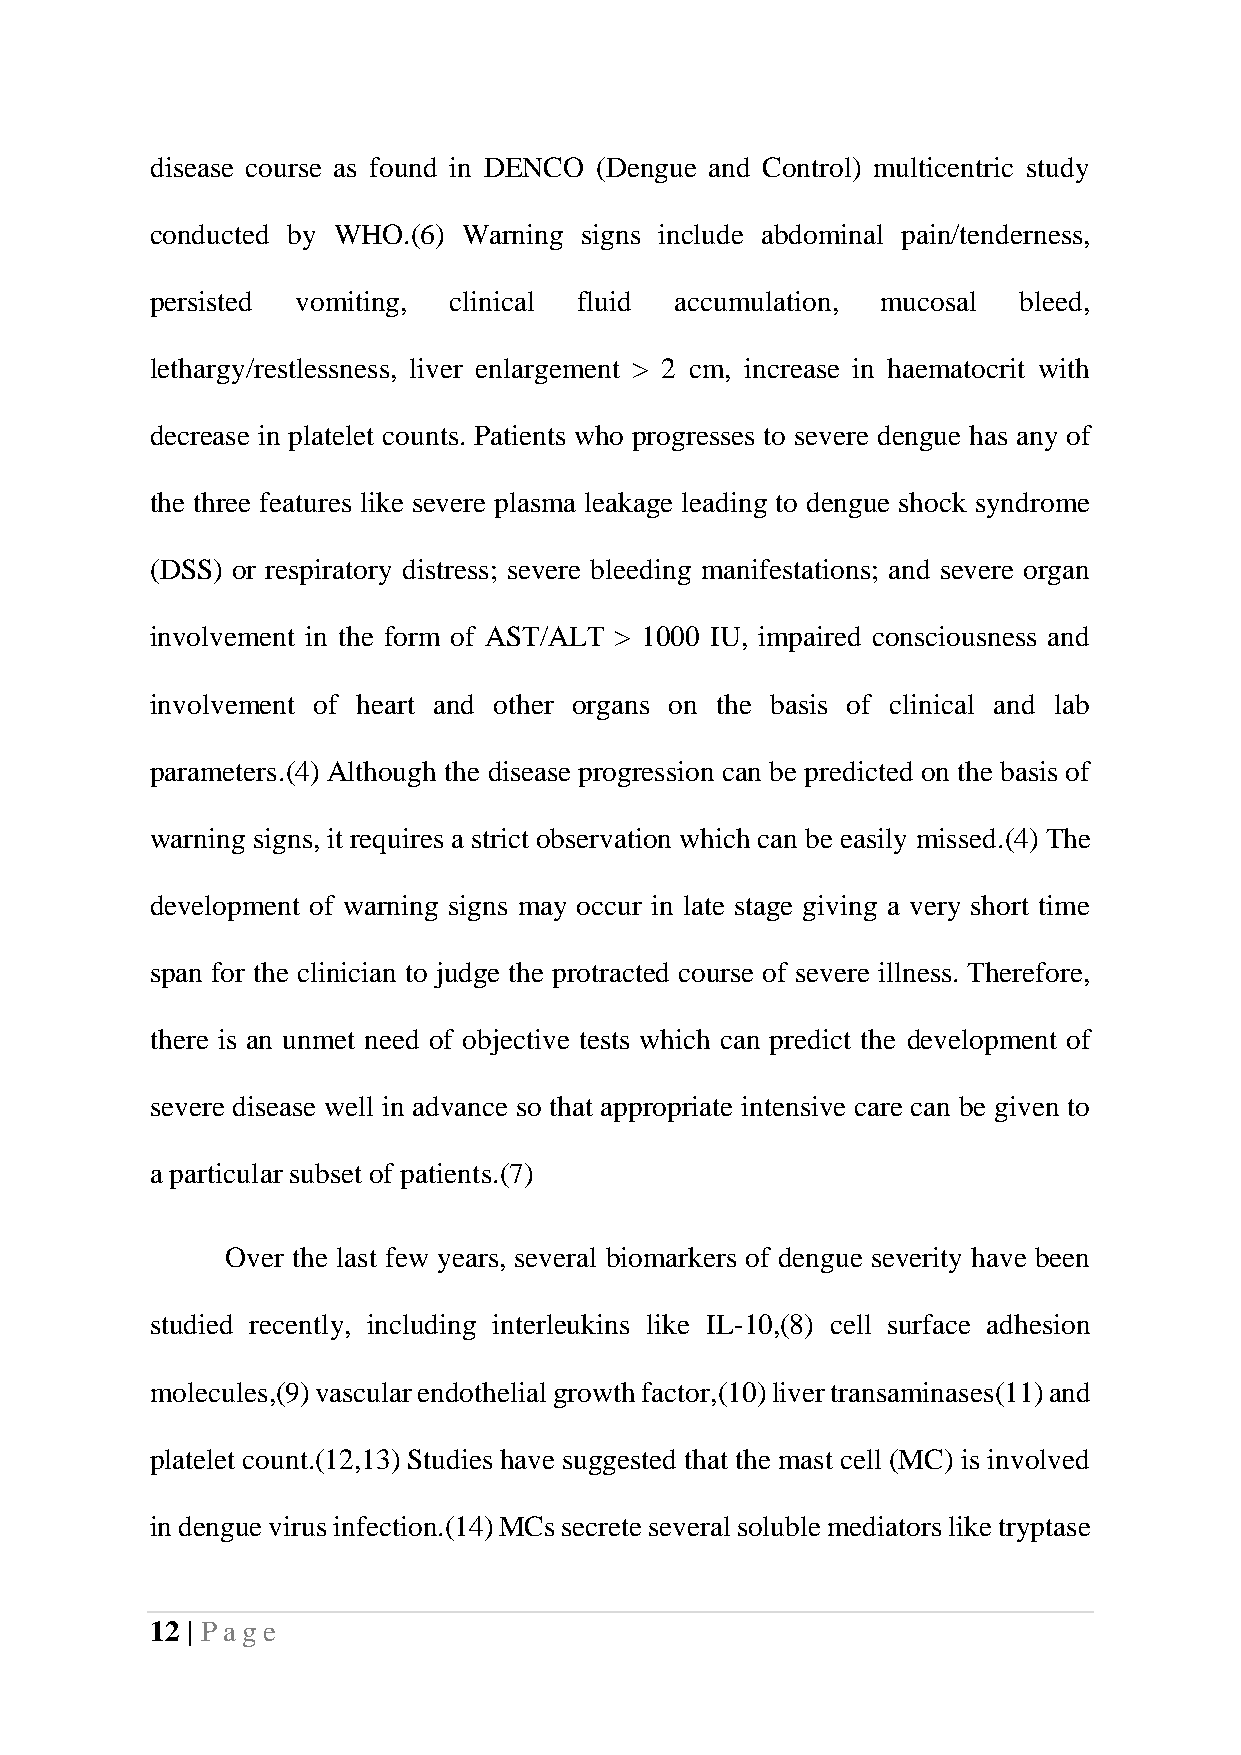
disease course as found in DENCO (Dengue and Control) multicentric study
 conducted by WHO.(6) Warning signs include abdominal pain/tenderness,
 persisted vomiting, clinical fluid accumulation, mucosal bleed,
 lethargy/restlessness, liver enlargement > 2 cm, increase in haematocrit with
 decrease in platelet counts. Patients who progresses to severe dengue has any of
 the three features like severe plasma leakage leading to dengue shock syndrome
 (DSS) or respiratory distress; severe bleeding manifestations; and severe organ
 involvement in the form of AST/ALT > 1000 IU, impaired consciousness and
 involvement of heart and other organs on the basis of clinical and lab
 parameters.(4) Although the disease progression can be predicted on the basis of
 warning signs, it requires a strict observation which can be easily missed.(4) The
 development of warning signs may occur in late stage giving a very short time
 span for the clinician to judge the protracted course of severe illness. Therefore,
 there is an unmet need of objective tests which can predict the development of
 severe disease well in advance so that appropriate intensive care can be given to
 a particular subset of patients.(7)
 Over the last few years, several biomarkers of dengue severity have been
 studied recently, including interleukins like IL-10,(8) cell surface adhesion
 molecules,(9) vascular endothelial growth factor,(10) liver transaminases(11) and
 platelet count.(12,13) Studies have suggested that the mast cell (MC) is involved
 in dengue virus infection.(14) MCs secrete several soluble mediators like tryptase
 12 | Pag e